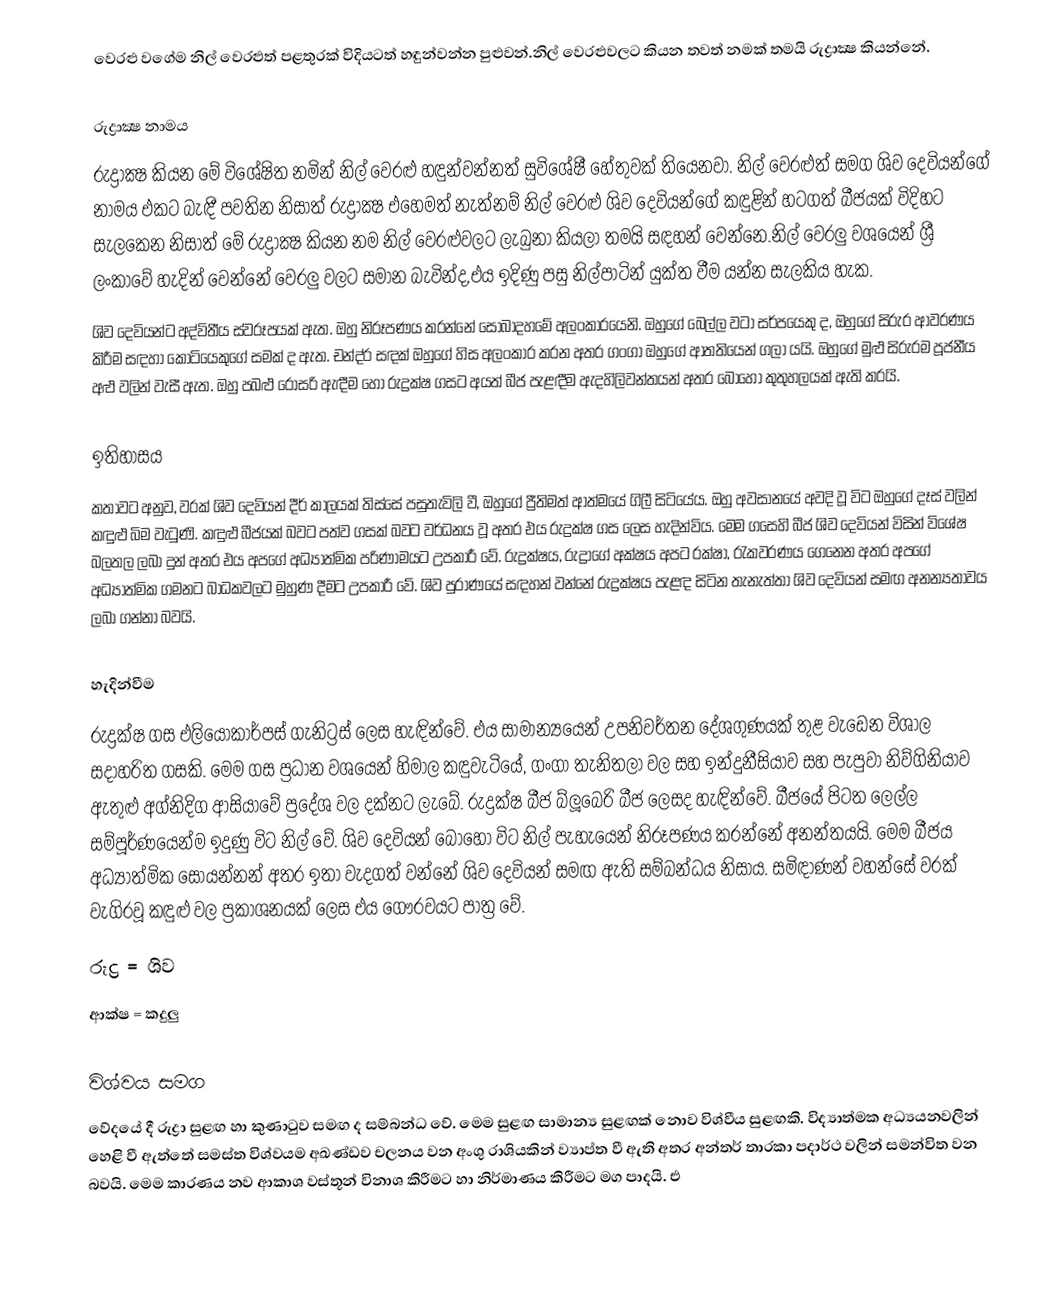
වෙරළු වගේම නිල් වෙරළුත් පළතුරක් විදියටත් හඳුන්වන්න පුළුවන්.නිල් වෙරළුවලට කියන තවත් නමක් තමයි රුද්‍රාක්‍ෂ කියන්නේ.

රුද්‍රාක්‍ෂ  නාමය
රුද්‍රාක්‍ෂ කියන මේ විශේෂිත නමින් නිල් වෙරළු හඳුන්වන්නත් සුවිශේෂී හේතුවක් තියෙනවා. නිල් වෙරළුත් සමග ශිව දෙවියන්ගේ නාමය එකට බැඳී පවතින නිසාත් රුද්‍රාක්‍ෂ එහෙමත් නැත්නම් නිල් වෙරළු ශිව දෙවියන්ගේ කඳුළින් හටගත් බීජයක් විදිහට සැලකෙන නිසාත් මේ රුද්‍රාක්‍ෂ කියන නම නිල් වෙරළුවලට ලැබුනා කියලා තමයි සඳහන් වෙන්නෙ.නිල් වෙරලු වශයෙන් ශ්‍රී ලංකාවේ හැදින් වෙන්නේ වෙරලු වලට සමාන බැවින්ද,එය ඉදිණු පසු නිල්පාටින් යුක්ත වීම යන්න සැලකිය හැක.
ශිව දෙවියන්ට අද්විතීය ස්වරූපයක් ඇත. ඔහු නිරූපණය කරන්නේ සොබාදහමේ අලංකාරයෙනි. ඔහුගේ බෙල්ල වටා සර්පයෙකු ද, ඔහුගේ සිරුර ආවරණය කිරීම සඳහා කොටියෙකුගේ සමක් ද ඇත. චන්ද්ර සඳක් ඔහුගේ හිස අලංකාර කරන අතර ගංගා ඔහුගේ ආතතියෙන් ගලා යයි. ඔහුගේ මුළු සිරුරම පූජනීය අළු වලින් වැසී ඇත. ඔහු පබළු රෝසරි ඇඳීම හෝ රුද්‍රක්ෂ ගසට අයත් බීජ පැළඳීම ඇදහිලිවන්තයන් අතර බොහෝ කුතුහලයක් ඇති කරයි.

ඉතිහාසය
කතාවට අනුව, වරක් ශිව දෙවියන් දීර් කාලයක් තිස්සේ පසුතැවිලි වී, ඔහුගේ ප්‍රීතිමත් ආත්මයේ ගිලී සිටියේය. ඔහු අවසානයේ අවදි වූ විට ඔහුගේ දෑස් වලින් කඳුළු බිම වැටුණි. කඳුළු බීජයක් බවට පත්ව ගසක් බවට වර්ධනය වූ අතර එය රුද්‍රක්ෂ ගස ලෙස හැදින්විය. මෙම ගසෙහි බීජ ශිව දෙවියන් විසින් විශේෂ බලතල ලබා දුන් අතර එය අපගේ අධ්‍යාත්මික පරිණාමයට උපකාරී වේ. රුද්‍රක්ෂය, රුද්‍රාගේ අක්ෂය අපට රක්ෂා, රැකවරණය ගෙනෙන අතර අපගේ අධ්‍යාත්මික ගමනට බාධකවලට මුහුණ දීමට උපකාරී වේ. ශිව පුරාණයේ සඳහන් වන්නේ රුද්‍රක්ෂය පැළඳ සිටින තැනැත්තා ශිව දෙවියන් සමඟ අනන්‍යතාවය ලබා ගන්නා බවයි.

හැදින්වීම
රුද්‍රක්ෂ ගස එලියොකාර්පස් ගැනිට්‍රස් ලෙස හැඳින්වේ. එය සාමාන්‍යයෙන් උපනිවර්තන දේශගුණයක් තුළ වැඩෙන විශාල සදාහරිත ගසකි. මෙම ගස ප්‍රධාන වශයෙන් හිමාල කඳුවැටියේ, ගංගා තැනිතලා වල සහ ඉන්දුනීසියාව සහ පැපුවා නිව්ගිනියාව ඇතුළු අග්නිදිග ආසියාවේ ප්‍රදේශ වල දක්නට ලැබේ. රුද්‍රක්ෂ බීජ බ්ලූබෙරි බීජ ලෙසද හැඳින්වේ. බීජයේ පිටත ලෙල්ල සම්පූර්ණයෙන්ම ඉදුණු විට නිල් වේ. ශිව දෙවියන් බොහෝ විට නිල් පැහැයෙන් නිරූපණය කරන්නේ අනන්තයයි. මෙම බීජය අධ්‍යාත්මික සොයන්නන් අතර ඉතා වැදගත් වන්නේ ශිව දෙවියන් සමඟ ඇති සම්බන්ධය නිසාය. සමිඳාණන් වහන්සේ වරක් වැගිරවූ කඳුළු වල ප්‍රකාශනයක් ලෙස එය ගෞරවයට පාත්‍ර වේ.
 රුද්‍ර = ශිව
 ආක්ෂ = කදුලු

විශ්වය සමග
වේදයේ දී රුද්‍රා සුළඟ හා කුණාටුව සමඟ ද සම්බන්ධ වේ. මෙම සුළඟ සාමාන්‍ය සුළඟක් නොව විශ්වීය සුළඟකි. විද්‍යාත්මක අධ්‍යයනවලින් හෙළි වී ඇත්තේ සමස්ත විශ්වයම අඛණ්ඩව චලනය වන අංශු රාශියකින් ව්‍යාප්ත වී ඇති අතර අන්තර් තාරකා පදාර්ථ වලින් සමන්විත වන බවයි. මෙම කාරණය නව ආකාශ වස්තූන් විනාශ කිරීමට හා නිර්මාණය කිරීමට මග පාදයි. එ